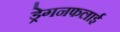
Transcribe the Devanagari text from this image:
ड्रेगनफलाई